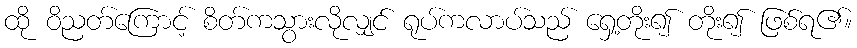
ထို ဝိညတ်ကြောင့် စိတ်ကသွားလိုလျှင် ရုပ်ကလာပ်သည် ရှေ့တိုး၍ တိုး၍ ဖြစ်ရ၏။